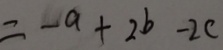
= - a + 2 b - 2 c